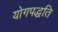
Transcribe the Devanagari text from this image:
योगपद्धति